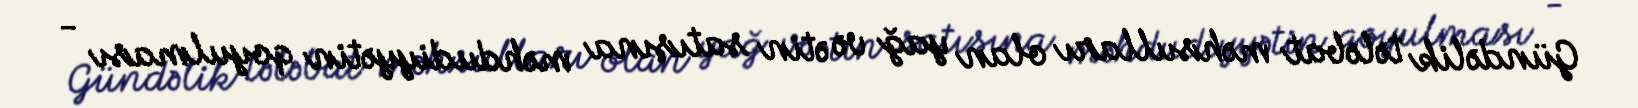
Gündəlik tələbat məhsulları olan yağ və ətin satışına məhdudiyyətin qoyulması -